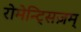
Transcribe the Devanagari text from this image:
रोमेन्ट्सिज़म्